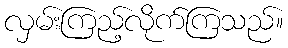
လှမ်းကြည့်လိုက်ကြသည်။